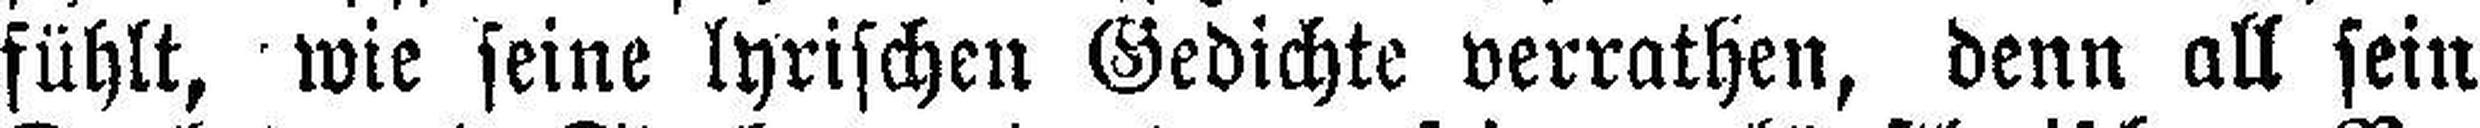
fühlt, wie seine lyrischen Gedichte verrathen, denn all sein